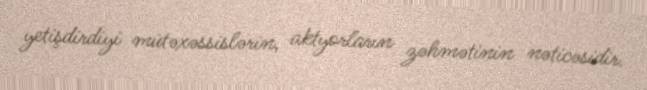
yetişdirdiyi mütəxəssislərin, aktyorların zəhmətinin nəticəsidir.